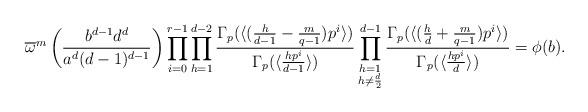
LaTeX: \begin{align*}\overline{\omega}^m\left(\frac{b^{d-1}d^d}{a^d(d-1)^{d-1}}\right)\prod_{i=0}^{r-1}\prod_{h=1}^{d-2}\frac{\Gamma_p(\langle(\frac{h}{d-1}-\frac{m}{q-1})p^i\rangle)}{\Gamma_p(\langle\frac{hp^i}{d-1}\rangle)}\prod_{\substack{h=1\\h\neq\frac{d}{2}}}^{d-1}\frac{\Gamma_p(\langle(\frac{h}{d}+\frac{m}{q-1})p^i\rangle)}{\Gamma_p(\langle\frac{hp^i}{d}\rangle)}=\phi(b).\end{align*}